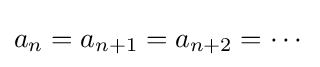
a_{n}=a_{n+1}=a_{n+2}=\cdots